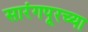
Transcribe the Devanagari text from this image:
सारंगपूरच्या